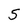
Character: 5